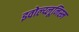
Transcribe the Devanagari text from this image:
इवोल्य्लूनिस्म